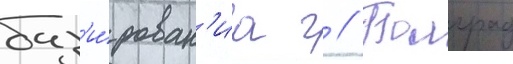
баз'и́рован'иа г // Болград